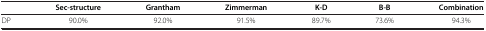
<table><thead><tr><td><b> </b></td><td><b>Sec-structure</b></td><td><b>Grantham</b></td><td><b>Zimmerman</b></td><td><b>K-D</b></td><td><b>B-B</b></td><td><b>Combination</b></td></tr></thead><tbody><tr><td>DP</td><td>90.0%</td><td>92.0%</td><td>91.5%</td><td>89.7%</td><td>73.6%</td><td>94.3%</td></tr></tbody></table>